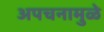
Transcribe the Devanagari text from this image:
अपचनामुळे